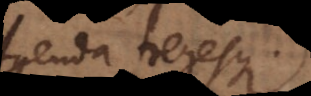
Agenda Legesque.